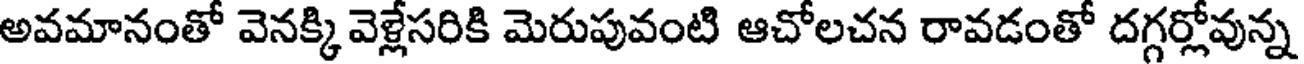
అవమానంతో వెనక్కి వెళ్లేసరికి మెరుపువంటి ఆచోలచన రావడంతో దగ్గర్లోవున్న